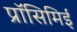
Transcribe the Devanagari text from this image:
प्रॉसिमिई